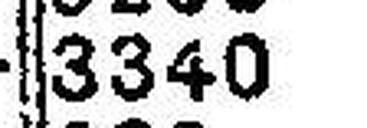
3340